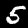
Digit: 5